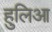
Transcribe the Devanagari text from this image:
हुलिआ